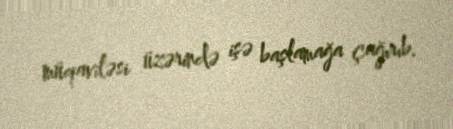
müqaviləsi üzərində işə başlamağa çağırıb.